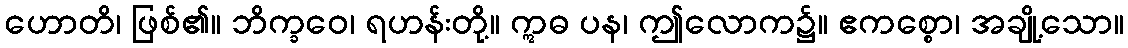
ဟောတိ၊ ဖြစ်၏။ ဘိက္ခဝေ၊ ရဟန်းတို့။ ဣဓ ပန၊ ဤလောက၌။ ဧကစ္စော၊ အချို့သော။